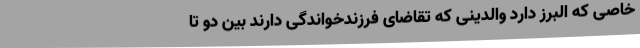
خاصی که البرز دارد والدینی که تقاضای فرزندخواندگی دارند بین دو تا